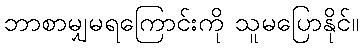
ဘာစာမျှမရကြောင်းကို သူမပြောနိုင်။